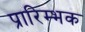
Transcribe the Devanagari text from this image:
प्रारिम्भक